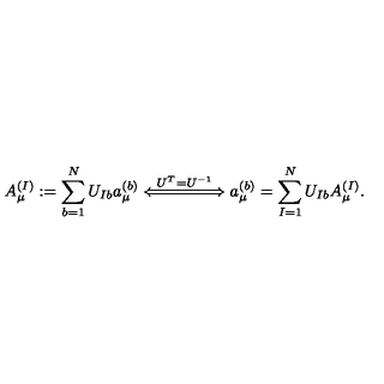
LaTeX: A _ { \mu } ^ { ( I ) } : = \sum _ { b = 1 } ^ { N } U _ { I b } a _ { \mu } ^ { ( b ) } \stackrel { U ^ { T } = U ^ { - 1 } } { \Longleftarrow \! \! = \! \! = \! \! = \! \! = \! \! = \! \! \! \Longrightarrow } a _ { \mu } ^ { ( b ) } = \sum _ { I = 1 } ^ { N } U _ { I b } A _ { \mu } ^ { ( I ) } .